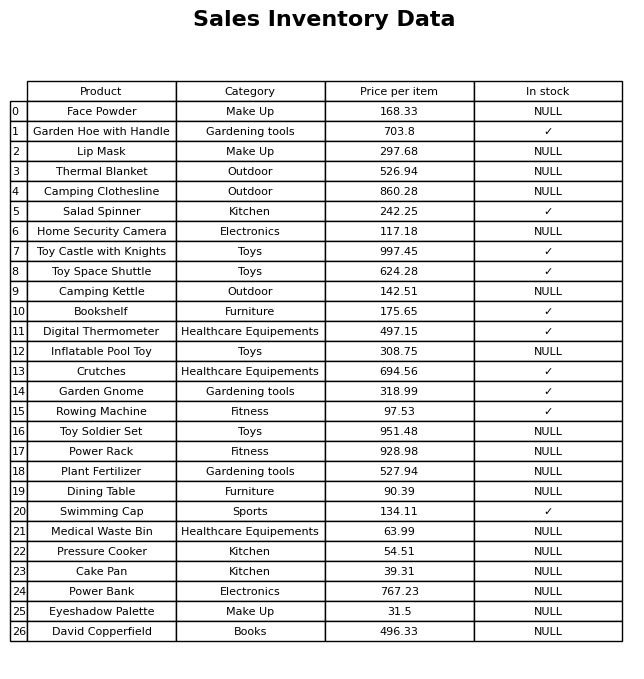
question: What is the price for Plant Fertilizer?
answer: The price of Plant Fertilizer is 527.94.